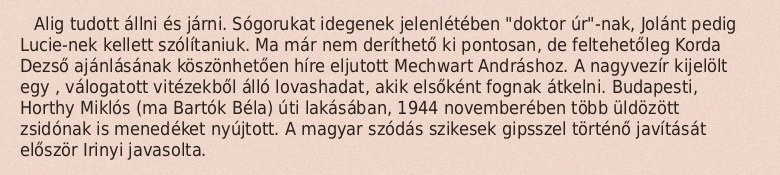
Alig tudott állni és járni. Sógorukat idegenek jelenlétében "doktor úr"-nak, Jolánt pedig Lucie-nek kellett szólítaniuk. Ma már nem deríthető ki pontosan, de feltehetőleg Korda Dezső ajánlásának köszönhetően híre eljutott Mechwart Andráshoz. A nagyvezír kijelölt egy , válogatott vitézekből álló lovashadat, akik elsőként fognak átkelni. Budapesti, Horthy Miklós (ma Bartók Béla) úti lakásában, 1944 novemberében több üldözött zsidónak is menedéket nyújtott. A magyar szódás szikesek gipsszel történő javítását először Irinyi javasolta.